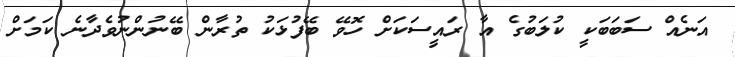
އަނެއް ސަބަބަކީ ކުލަބުގެ އާ ރައީސަކަށް ހޮވޭ ބޭފުޅަކު ތުރާން ބޭނުންނުވެދާނެ ކަމަށް